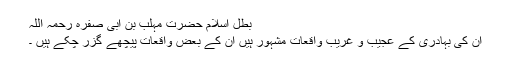
بطل اسلام حضرت مہلب بن ابی صفرہ رحمہ اللہ​
ان کی بہادری کے عجیب و غریب واقعات مشہور ہیں ان کے بعض واقعات پیچھے گزر چکے ہیں ۔